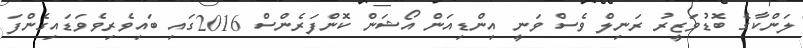
ލަންކާގެ ބޮޑުވަޒީރު ރަނިލް ވެސް ވަނީ އިންޑިއަން އޯޝަން ކޮންފަރެންސް 2016ގައި ބައިވެރިވެވަޑައިގެންފަ